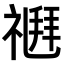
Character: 𥛉